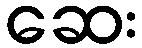
ဆေး